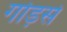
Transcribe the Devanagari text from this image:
गोड़से